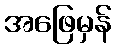
အဖြေမှန်